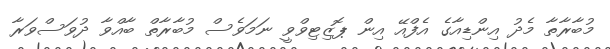
މުބާރާތާ މެދު އިންޑިއާގެ އެފްއޭ އިން ޕޮޒިޓިވްވީ ނަމަވެސް މުބާރާތް ބާއްވާ ދުވަސްވަރާ